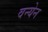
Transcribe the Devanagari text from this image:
वन्येन